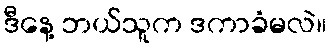
ဒီနေ့ ဘယ်သူက ဒကာခံမလဲ။